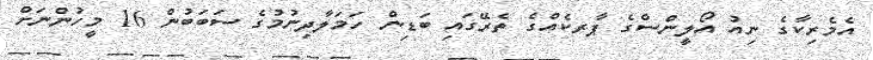
އެމެރިކާގެ ނިއު އޯލީންސްގެ ޕާރކެއްގެ ތެރޭގައި ބަޑިން ހަމަލާދިނުމުގެ ސަބަބުން 16 މީހުންނަށް